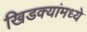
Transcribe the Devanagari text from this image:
खिडक्यांमध्ये